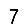
Digit: 7